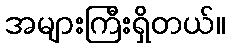
အများကြီးရှိတယ်။